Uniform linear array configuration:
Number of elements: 32
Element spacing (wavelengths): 0.75
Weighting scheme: cosine
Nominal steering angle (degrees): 30
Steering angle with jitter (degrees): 29.557
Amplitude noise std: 0.05
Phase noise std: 0.05

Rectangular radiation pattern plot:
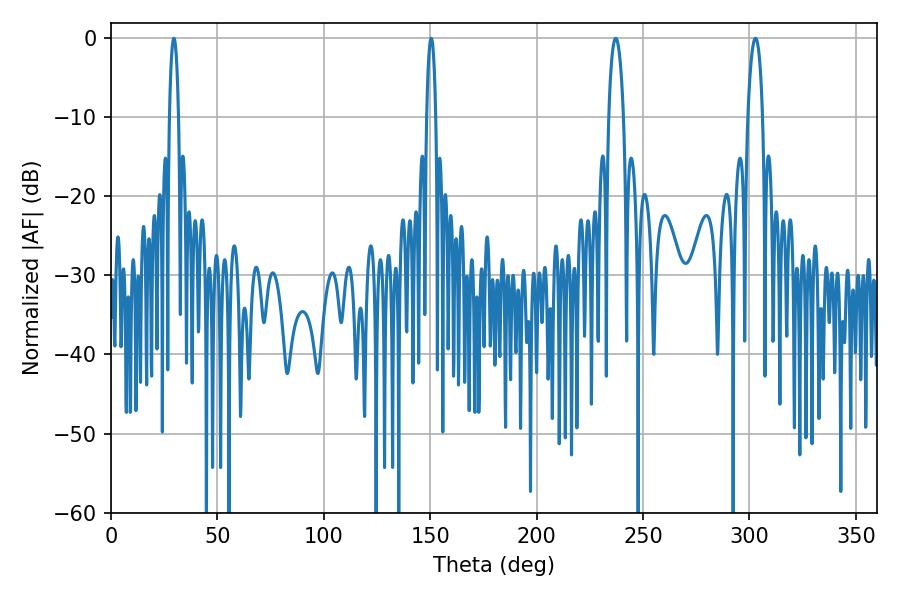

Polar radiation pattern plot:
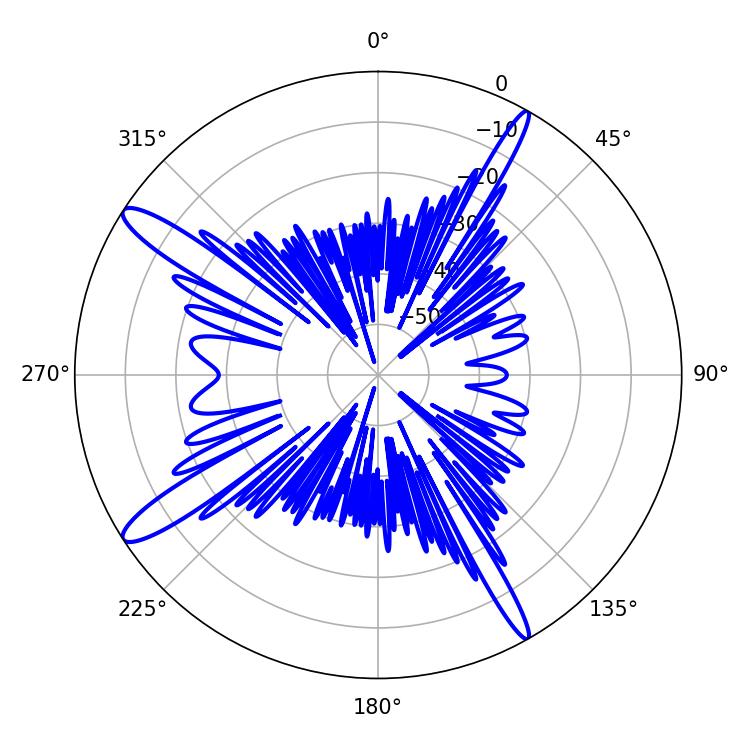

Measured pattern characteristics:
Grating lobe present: TRUE
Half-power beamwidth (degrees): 2.34
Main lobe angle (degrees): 29.52